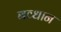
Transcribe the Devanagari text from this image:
बव्धान